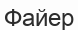
Файер